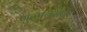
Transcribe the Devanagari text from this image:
गुळाबरोबर